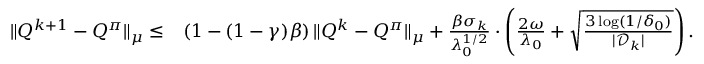
\begin{array} { r l } { \| Q ^ { k + 1 } - Q ^ { \pi } \| _ { \mu } \leq } & { \left( 1 - ( 1 - \gamma ) \beta \right) \| Q ^ { k } - Q ^ { \pi } \| _ { \mu } + \frac { \beta \sigma _ { k } } { \lambda _ { 0 } ^ { 1 / 2 } } \cdot \left( \frac { 2 \omega } { \lambda _ { 0 } } + \sqrt { \frac { 3 \log ( 1 / \delta _ { 0 } ) } { | \mathcal { D } _ { k } | } } \right) . } \end{array}